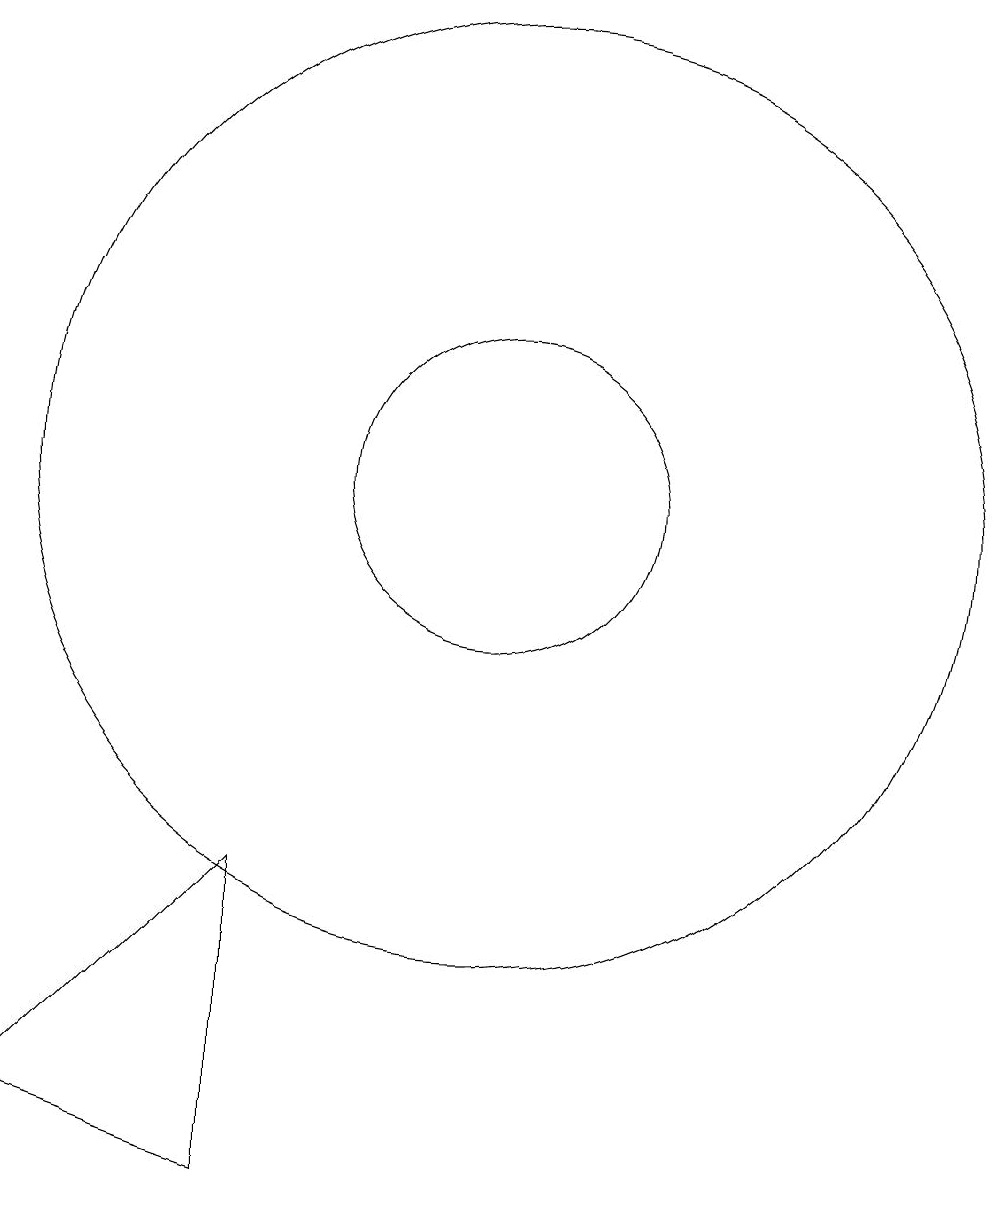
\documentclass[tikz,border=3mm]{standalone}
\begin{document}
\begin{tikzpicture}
\draw (11,11) circle (6);
\draw (11,11) circle (2);
\draw (8,2) -- (5,3) -- (8,6) -- cycle;
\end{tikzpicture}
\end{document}